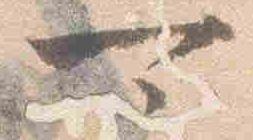
可